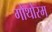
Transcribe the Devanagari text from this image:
गोथोरम